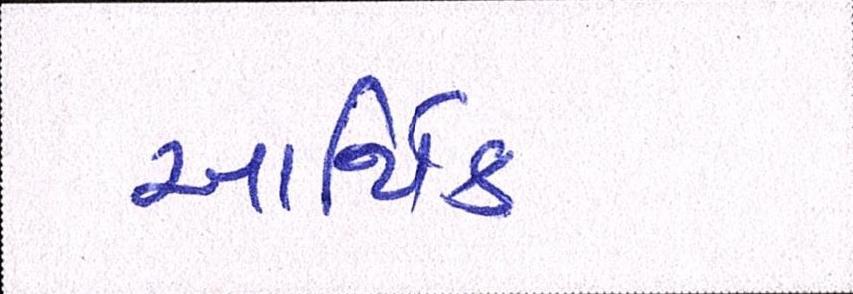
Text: આર્થિક